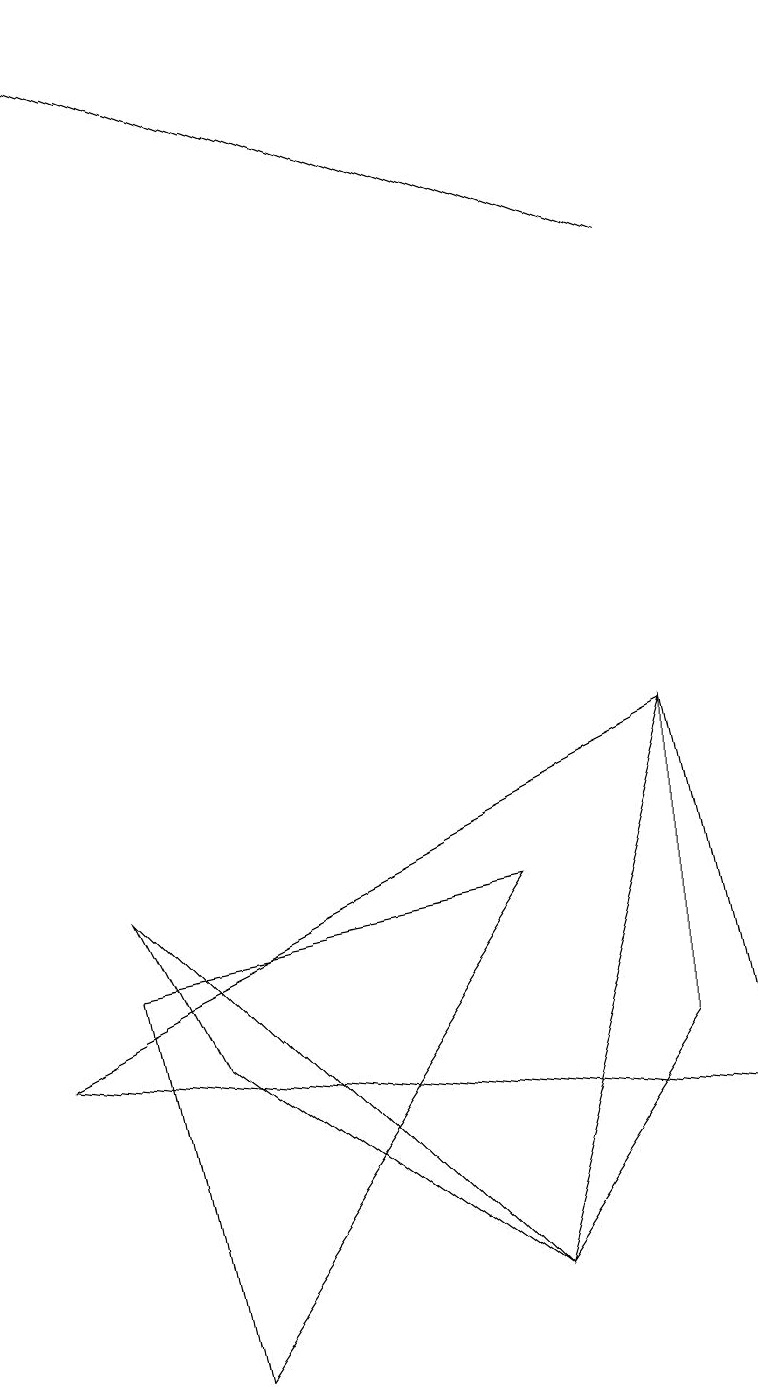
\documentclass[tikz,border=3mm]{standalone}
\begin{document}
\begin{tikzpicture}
\draw (8,8) -- (6,1) -- (8,4) -- cycle;
\draw (1,6) -- (6,1) -- (2,4) -- cycle;
\draw (8,8) -- (9,3) -- (0,4) -- cycle;
\draw (1,5) -- (2,0) -- (6,6) -- cycle;
\draw[->] (8,14) -- (0,17);
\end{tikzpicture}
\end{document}